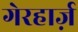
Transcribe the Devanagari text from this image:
गेरहार्ज़